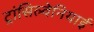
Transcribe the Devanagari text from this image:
ट्रांसिल्वेनियाई